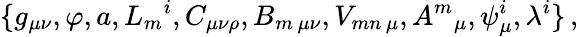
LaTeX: \{ g_{\mu\nu},\varphi,a,L_{m}{}^{i},C_{\mu\nu\rho},B_{m\, \mu\nu},V_{mn\, \mu},A^{m}{}_{\mu},\psi_{\mu}^{i},\lambda^{i}\} \, ,